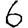
Digit: 6